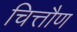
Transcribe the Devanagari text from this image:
चित्तौण